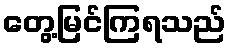
တွေ့မြင်ကြရသည်